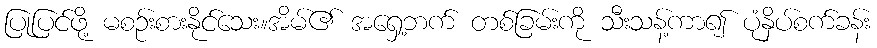
ပြုပြင်ဖို့ မစဉ်းစားနိုင်သေး။အိမ်၏ အရှေ့ဘက် တစ်ခြမ်းကို သီးသန့်ကာ၍ ပုံနှိပ်စက်ခန်း